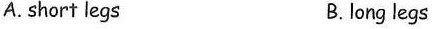
A.short legs B.long legs